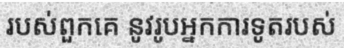
របស់ពួកគេ នូវរូបអ្នកការទូតរបស់